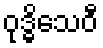
ဝုဒ္ဓိသေဝီ